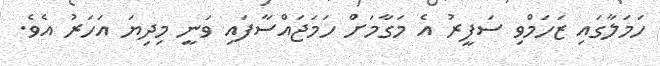
ހަމަލާގަައި ޒަަހަމްވި ސަފީރު އެ މަގާމަށް ހަމަޖައްސާފައި ވަނީ މިދިޔަ އަހަރު އެވެ.